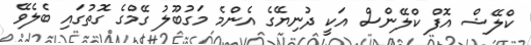
ކްލޭޝް އޮފް ކްލޭންސް އަކީ ދުނިޔޭގެ އެންމެ މަގުބޫލު ގޭމްގެ ގޮތުގައި ބެލެވޭ